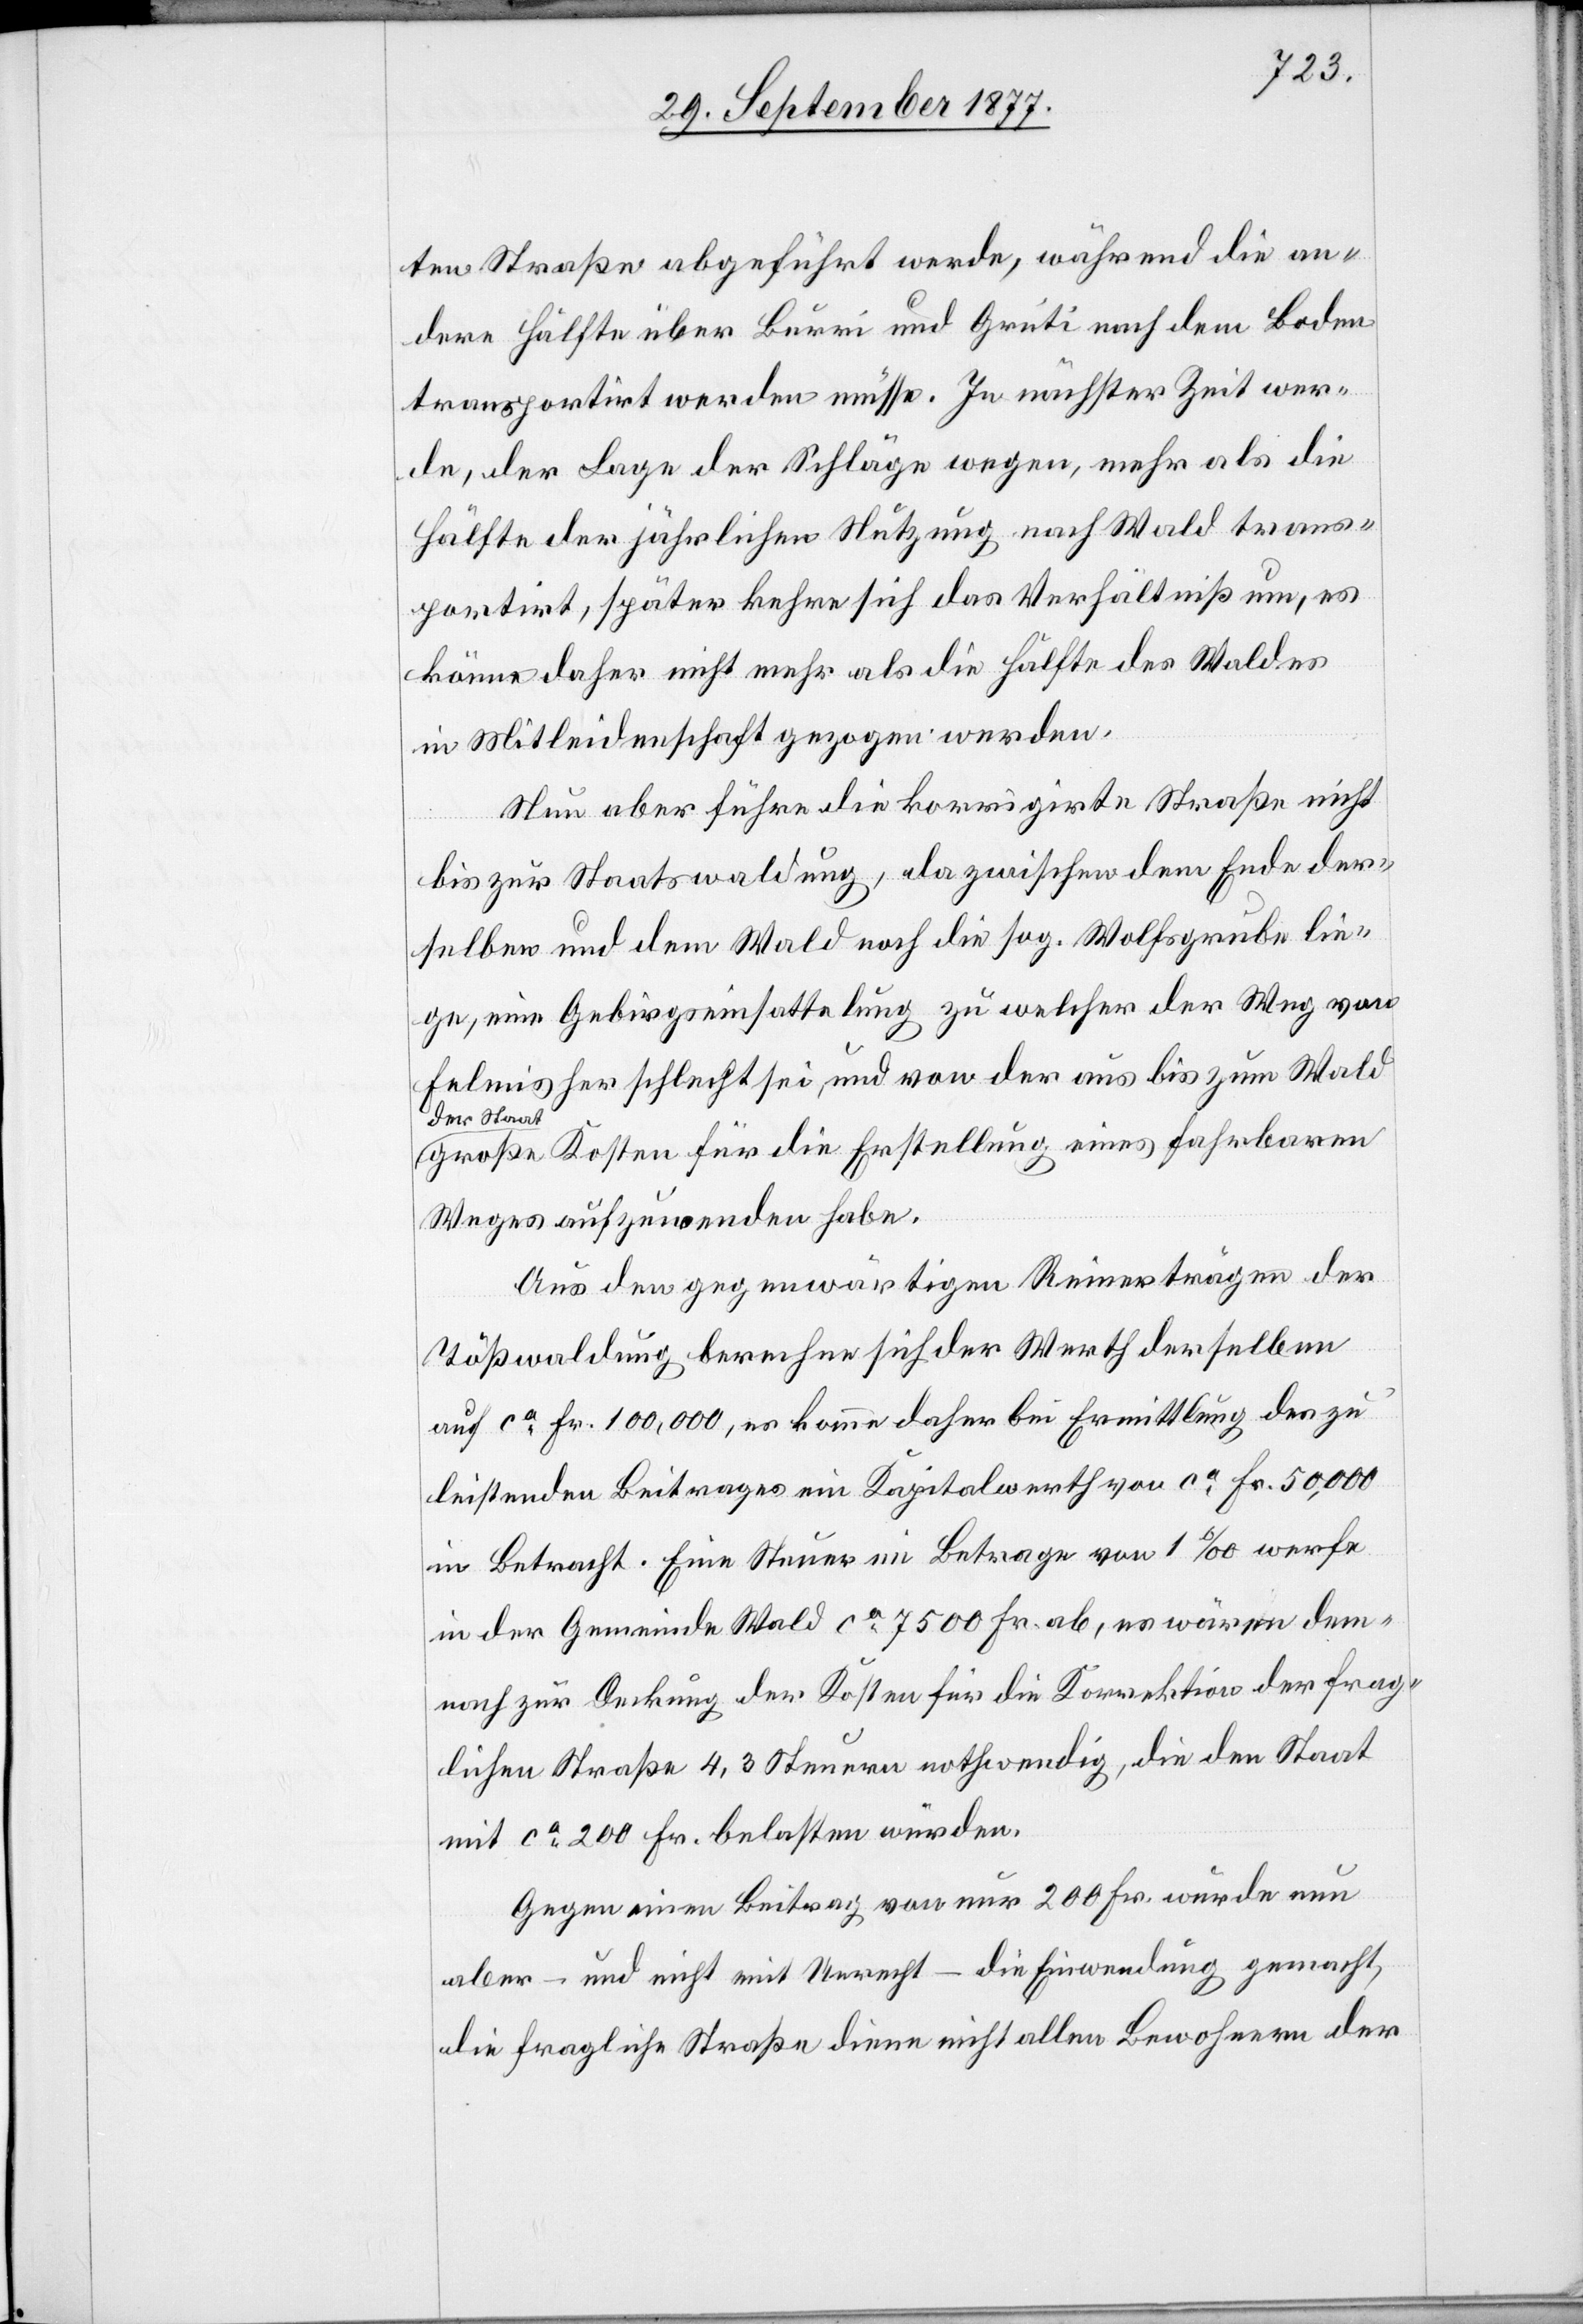
ten Straße abgeführt werde, während die an¬
dere Hälfte über Burri und Grüti nach dem Boden
transportirt werden müsse. In nächster Zeit wer¬
de, der Lage der Schläge wegen, mehr als die
Hälfte der jährlichen Nutzung nach Wald trans¬
portirt, später kehre sich das Verhältniß um, es
könne daher nicht mehr als die Hälfte des Waldes
in Mitleidenschaft gezogen werden.
Nun aber führe die korrigirte Straße nicht
bis zur Staatswaldung, da zwischen dem Ende der¬
selben und dem Wald noch die sog. Wolfsgrube lie¬
ge, eine Gebirgseinsattelung zu welcher der Weg von
Felmis her schlecht sei, und von der aus bis zum Wald
der Staat
große Kosten für die Erstellung eines fahrbaren
Weges aufzuwenden habe.
Aus den gegenwärtigen Reinerträgen der
Tößwaldung berechne sich der Werth derselben
auf ca Fr. 100,000, es komme daher bei Ermittlung des zu
leistenden Beitrages ein Kapitalwerth von ca Fr. 50,000
in Betracht. Eine Steuer im Betrage von 1‰ werfe
in der Gemeinde Wald ca 7500 Fr. ab, es wären dem¬
nach zur Deckung der Kosten für die Korrektion der frag¬
lichen Straße 4,3 Steuern nothwendig, die den Staat
mit ca 200 Fr. belasten würden.
Gegen einen Beitrag von nur 200 Fr. wurde nun
aber – und nicht mit Unrecht – die Einwendung gemacht,
die fragliche Straße diene nicht allen Bewohnern der